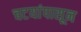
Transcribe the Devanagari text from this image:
चटयांपासून